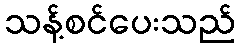
သန့်စင်ပေးသည်